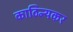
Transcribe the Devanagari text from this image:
काठिन्यकर